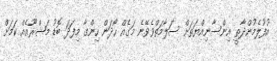
އުފުލެމުންދާތީ އިންސާނިއްޔަތަށް ސަލާމަތްވެވޭނެ މަގެއް ހޯދަން ހިންގާ މިފަދަ ބޮޑު މަޝްރޫއެއް ކަމަށް